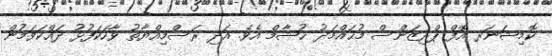
ކޮމިޝަނަރ އޮފް ޕްރިޒަންސް މުޙައްމަދު ޚުޝާމް އެވެ. އަދި ރަސްމިއްޔާތު ވާހަކަފުޅު ދައްކަވަމުން